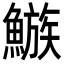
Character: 𩻀